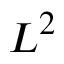
L ^ { 2 }